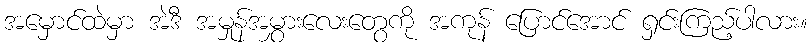
အမှောင်ထဲမှာ အဲဒီ အမှုန်အမွှားလေးတွေကို အကုန် ပြောင်အောင် ရှင်းကြည့်ပါလား။